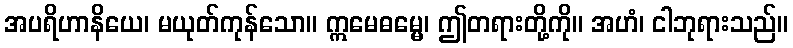
အပရိဟာနိယေ၊ မယုတ်ကုန်သော။ ဣမေဓမ္မေ၊ ဤတရားတို့ကို။ အဟံ၊ ငါဘုရားသည်။